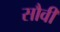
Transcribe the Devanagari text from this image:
सौवी